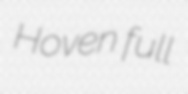
Hoven full